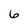
Character: 6